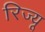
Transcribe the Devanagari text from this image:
रिज्यू